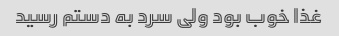
غذا خوب بود ولی سرد به دستم رسید